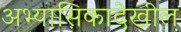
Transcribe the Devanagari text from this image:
अभ्यासिकादेखील